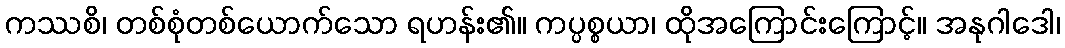
ကဿစိ၊ တစ်စုံတစ်ယောက်သော ရဟန်း၏။ ကပ္ပစ္စယာ၊ ထိုအကြောင်းကြောင့်။ အနုဂါဒေါ၊